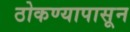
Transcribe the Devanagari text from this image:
ठोकण्यापासून